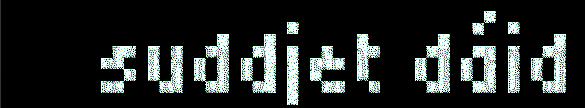
suddjet dáid